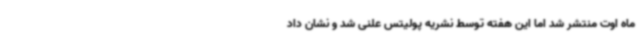
ماه اوت منتشر شد اما این هفته توسط نشریه پولیتس علنی شد و نشان داد